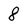
Character: 8